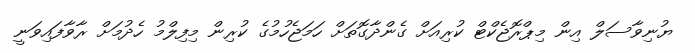
ޔުނިވާސަލް އިން މިޕްރޮޖެކްޓް ކުރިއަށް ގެންދާގޮތަށް ހަމަޖެހުމުގެ ކުރިން މިފިލްމު ހެދުމަށް ރާވާފައިވަނީ